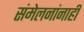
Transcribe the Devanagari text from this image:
संमेलनांनाही